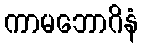
ကာမဘောဂိနံ